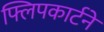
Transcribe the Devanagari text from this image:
फ्लिपकार्टने